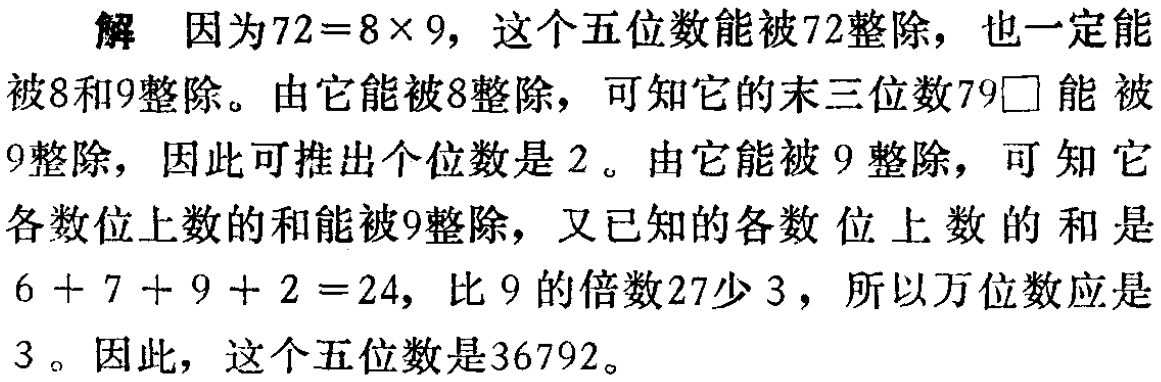
解 因为\(72 = 8\times9\)，这个五位数能被\(72\)整除，也一定能被\(8\)和\(9\)整除。由它能被\(8\)整除，可知它的末三位数\(79\square\)能 被\(9\)整除，因此可推出个位数是\(2\)。由它能被\(9\)整除，可知它各数位上数的和能被\(9\)整除，又已知的各数位上数的和是\(6 + 7 + 9 + 2 = 24\)，比\(9\)的倍数\(27\)少\(3\)，所以万位数应是\(3\)。因此，这个五位数是\(36792\)。